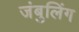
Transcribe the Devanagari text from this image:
जंबुलिंग